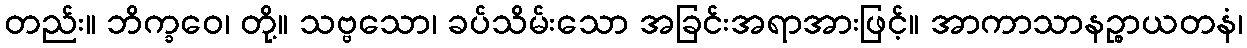
တည်း။ ဘိက္ခဝေ၊ တို့။ သဗ္ဗသော၊ ခပ်သိမ်းသော အခြင်းအရာအားဖြင့်။ အာကာသာနဉ္စာယတနံ၊